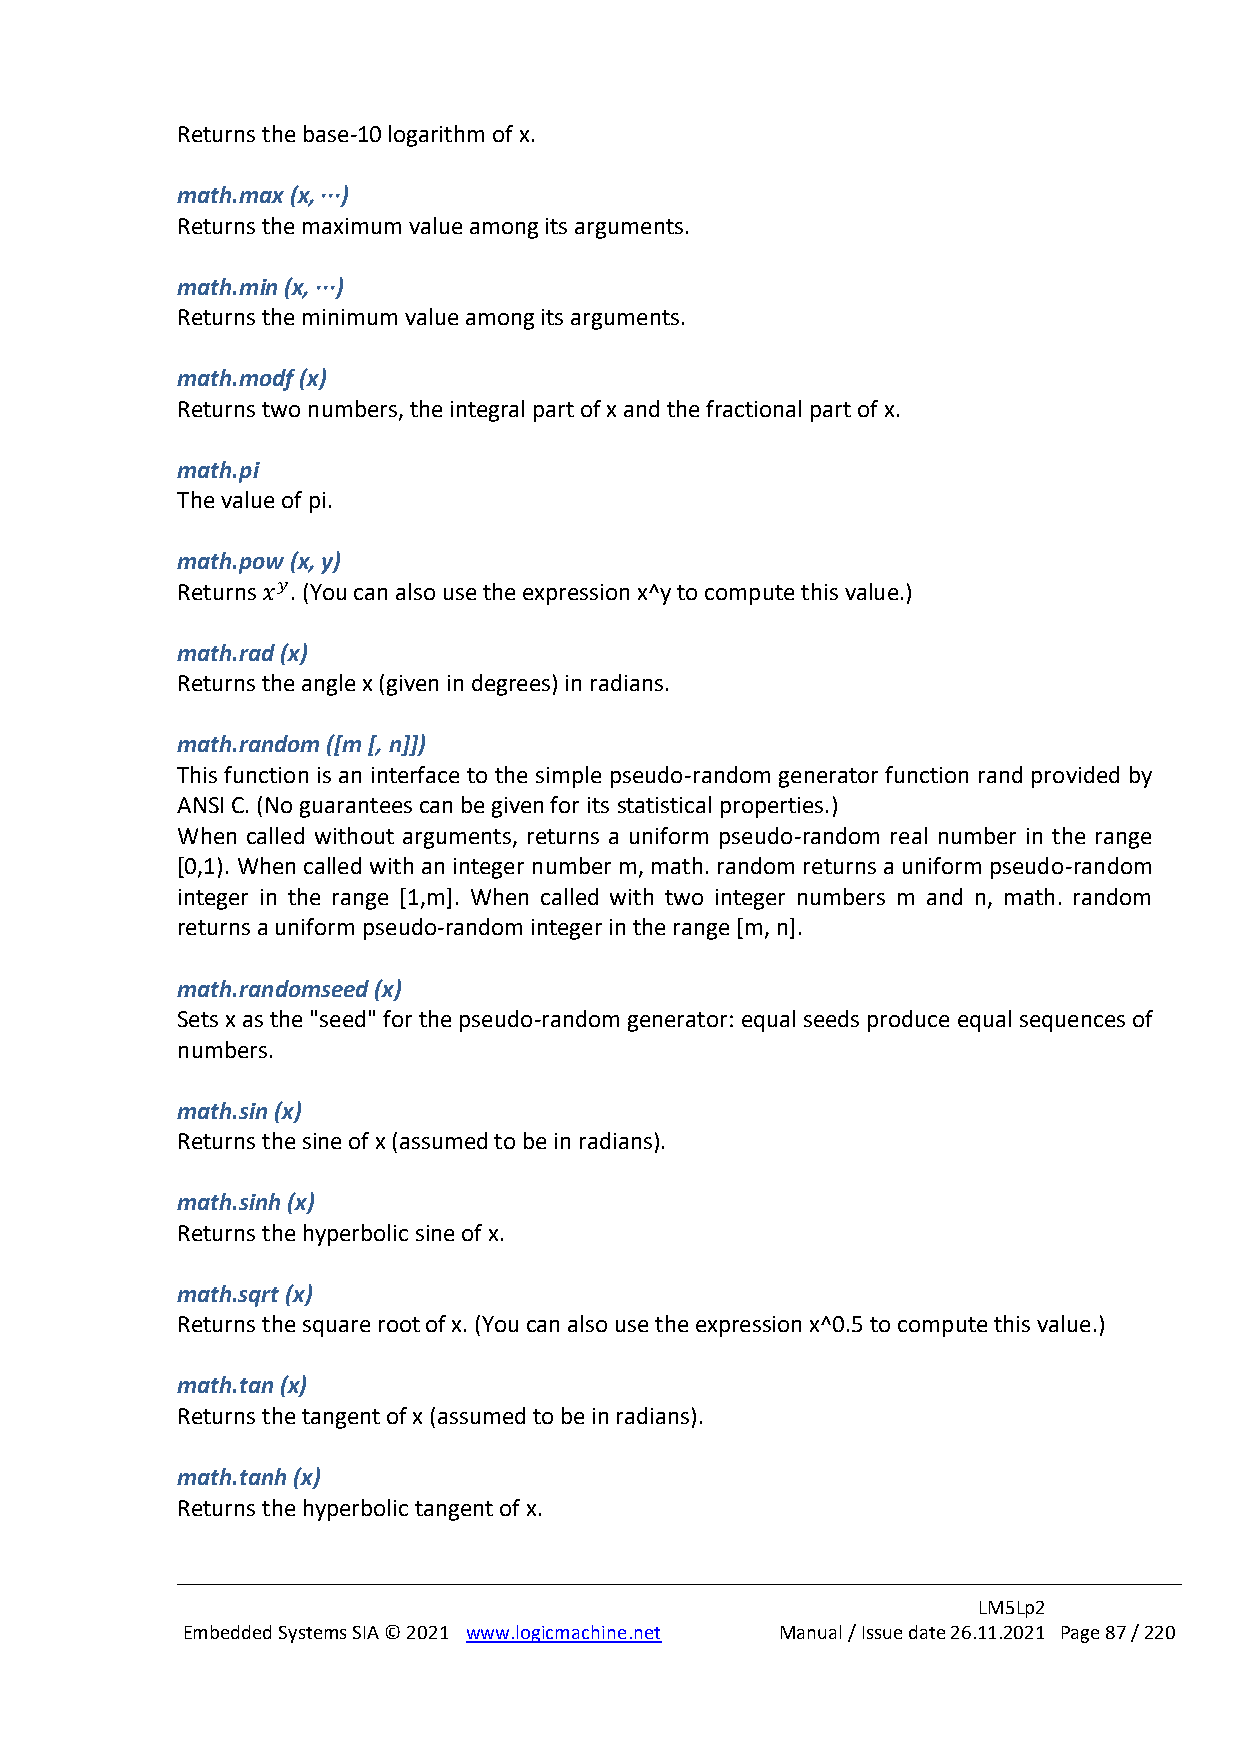
Returns the base-10 logarithm of x.
 math.max (x, ···)
 Returns the maximum value among its arguments.
 math.min (x, ···)
 Returns the minimum value among its arguments.
 math.modf (x)
 Returns two numbers, the integral part of x and the fractional part of x.
 math.pi
 The value of pi.
 math.pow (x, y)
 Returns 𝑥𝑦. (You can also use the expression x^y to compute this value.)
 math.rad (x)
 Returns the angle x (given in degrees) in radians.
 math.random ([m [, n]])
 This function is an interface to the simple pseudo-random generator function rand provided by
 ANSI C. (No guarantees can be given for its statistical properties.)
 When called without arguments, returns a uniform pseudo-random real number in the range
 [0,1). When called with an integer number m, math. random returns a uniform pseudo-random
 integer in the range [1,m]. When called with two integer numbers m and n, math. random
 returns a uniform pseudo-random integer in the range [m, n].
 math.randomseed (x)
 Sets x as the "seed" for the pseudo-random generator: equal seeds produce equal sequences of
 numbers.
 math.sin (x)
 Returns the sine of x (assumed to be in radians).
 math.sinh (x)
 Returns the hyperbolic sine of x.
 math.sqrt (x)
 Returns the square root of x. (You can also use the expression x^0.5 to compute this value.)
 math.tan (x)
 Returns the tangent of x (assumed to be in radians).
 math.tanh (x)
 Returns the hyperbolic tangent of x.
 LM5Lp2
 Embedded Systems SIA © 2021 www.logicmachine.net Manual / Issue date 26.11.2021 Page 87 / 220